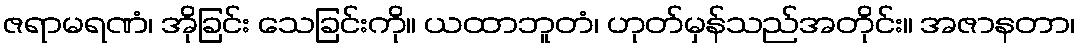
ဇရာမရဏံ၊ အိုခြင်း သေခြင်းကို။ ယထာဘူတံ၊ ဟုတ်မှန်သည်အတိုင်း။ အဇာနတာ၊